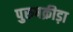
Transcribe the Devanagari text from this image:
पुरुषक्रीड़ा